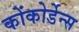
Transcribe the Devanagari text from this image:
कोंकोर्डेन्स